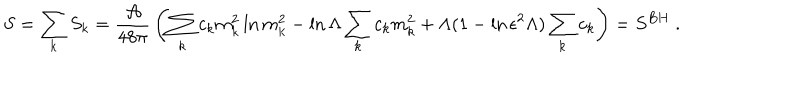
S = \sum _ { k } S _ { k } = { \frac { \cal A } { 4 8 \pi } } \left( \sum _ { k } c _ { k } m _ { k } ^ { 2 } \ln m _ { k } ^ { 2 } - \ln \Lambda \sum _ { k } c _ { k } m _ { k } ^ { 2 } + \Lambda ( 1 - \ln \epsilon ^ { 2 } \Lambda ) \sum _ { k } c _ { k } \right) = S ^ { B H } ~ .